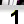
Digit: 1